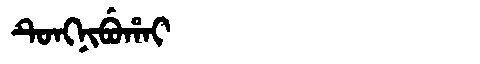
Manchu: ᡨᡠᠩᠨᡳᠪᡠᡥᠠᡳ
Romanization: TUNGNIBUHAI